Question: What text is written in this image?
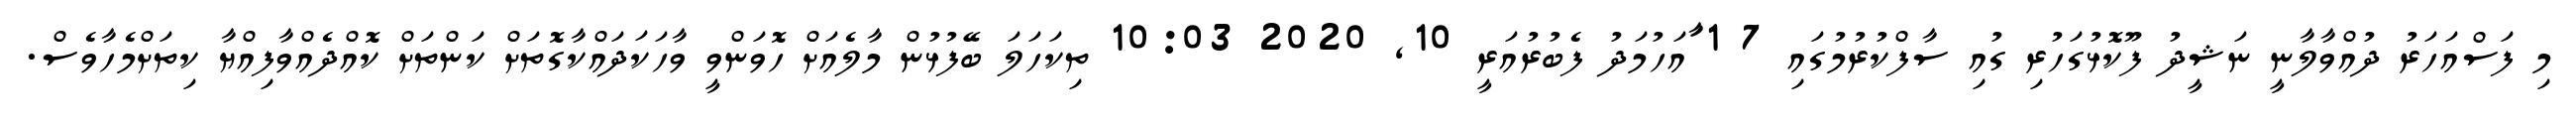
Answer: މި ފަސްއަހަރު ދުއްވާލާނީ ނަޝީދު ފޫކޮޅުގަހުރި ގުއި ސާފްކުރުމުގައި 7 1 ާައަހުމަދު ފެބުރުއަރީ 10, 2020 10:03 ތިކަހަލަ ބޭފުޅުން މާލެއަށް ހޮވަންވީ ވާހަކަދައްކާގޮތަށް ކަންތަށް ކޮއްދެއްވާފިއްޔާ ކިތަށްމެހާވެސް.